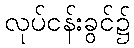
လုပ်ငန်းခွင်၌